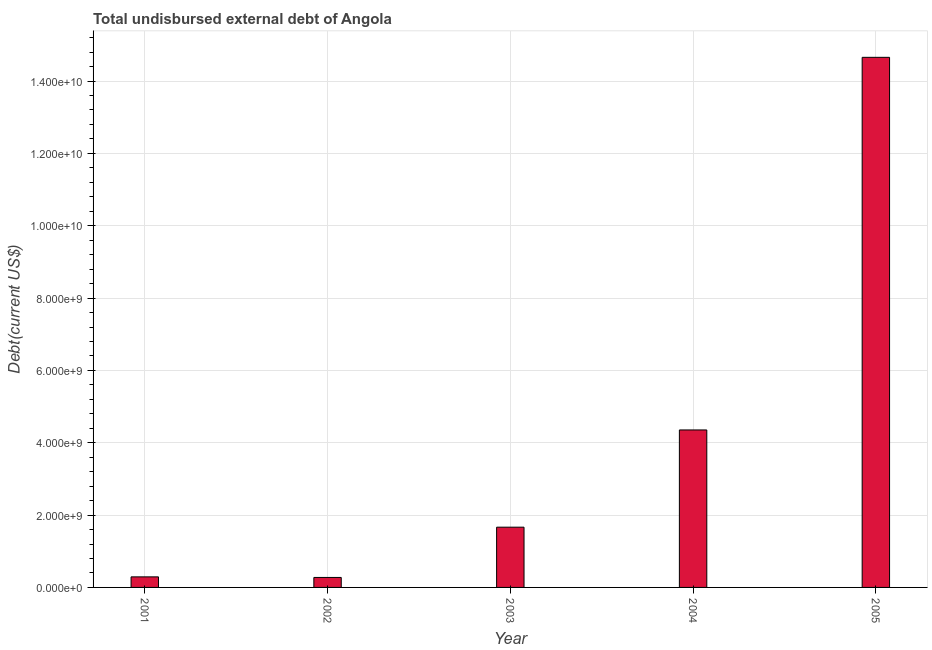
| Year | Total debt |
 | --- | --- |
 | 2001 | 2.92e+08 |
 | 2002 | 2.76e+08 |
 | 2003 | 1.67e+09 |
 | 2004 | 4.35e+09 |
 | 2005 | 1.47e+10 |